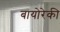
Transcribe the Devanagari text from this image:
बायोरेकी